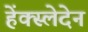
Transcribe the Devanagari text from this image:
हेंक्स्लेदेन